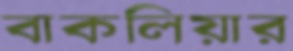
বাকলিয়ার